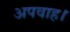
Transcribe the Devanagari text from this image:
अपवाह।